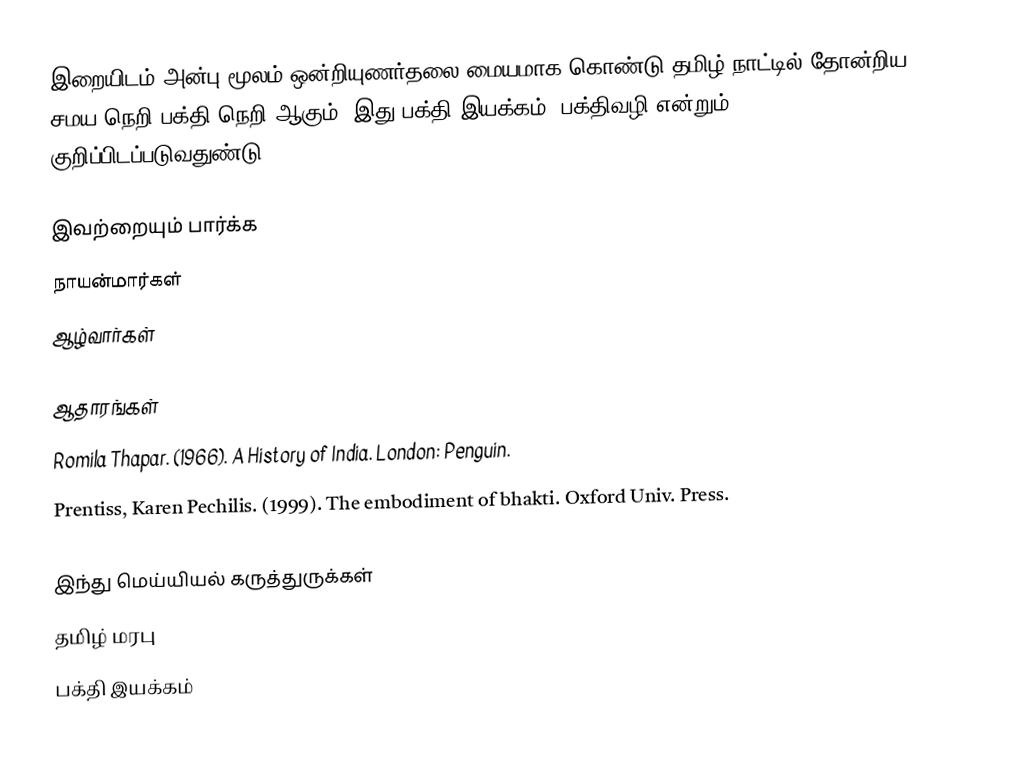
இறையிடம் அன்பு மூலம் ஒன்றியுணர்தலை மையமாக கொண்டு தமிழ் நாட்டில் தோன்றிய சமய நெறி பக்தி நெறி ஆகும்.  இது பக்தி இயக்கம், பக்திவழி என்றும் குறிப்பிடப்படுவதுண்டு.

இவற்றையும் பார்க்க
 நாயன்மார்கள்
 ஆழ்வார்கள்

ஆதாரங்கள்
 Romila Thapar. (1966). A History of India. London: Penguin.
 Prentiss, Karen Pechilis. (1999). The embodiment of bhakti. Oxford Univ. Press.

இந்து மெய்யியல் கருத்துருக்கள்
தமிழ் மரபு
பக்தி இயக்கம்